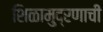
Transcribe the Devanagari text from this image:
शिळामुद्रणाची